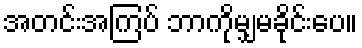
အတင်းအကြပ် ဘာကိုမျှမခိုင်းပေ။